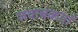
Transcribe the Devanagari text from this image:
जवाबकर्ता